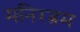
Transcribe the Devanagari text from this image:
मनिरत्नम